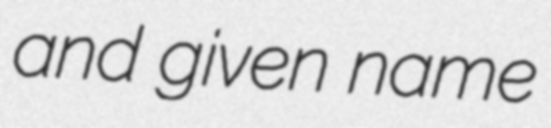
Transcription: and given name